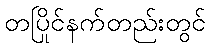
တပြိုင်နက်တည်းတွင်